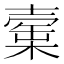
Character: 𣙲